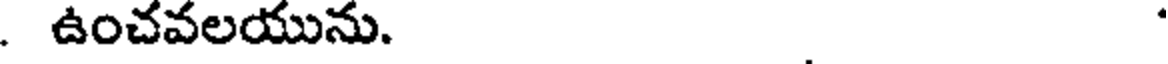
. ఉంచవలయును.